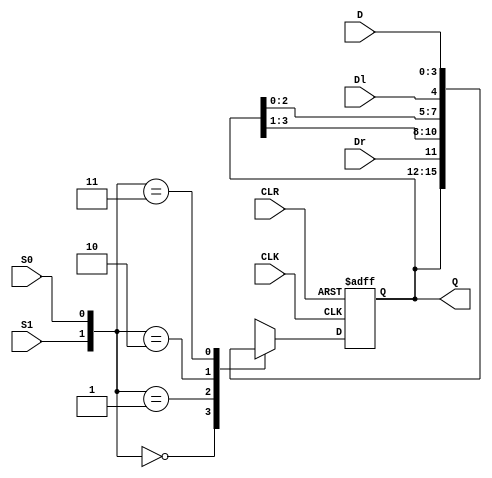
module shift_register(S1,S0,D,Dl,Dr,Q,CLK,CLR);
    parameter N=4;
    input S0,S1;    //control input
    input Dl,Dr;  //input of l or r
    input CLK,CLR;  //clock and async clear
    input [N-1:0] D;
    output reg [N-1:0] Q;
    
    always @(posedge CLK,posedge CLR)
        if(CLR)
            Q<=0;
        else 
            case({S1,S0})
                2'b00: Q<=Q;
                2'b01: Q<={Dr,Q[N-1:1]};
                2'b10: Q<={Q[N-2:0],Dl};
                2'b11: Q<=D;
            endcase
endmodule